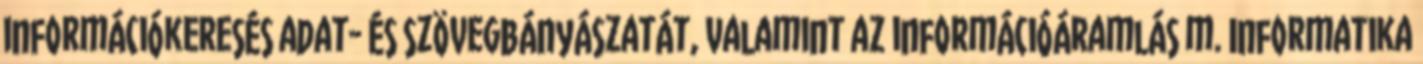
információkeresés adat- és szövegbányászatát, valamint az információáramlás m. Informatika